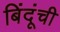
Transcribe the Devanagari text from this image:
बिंदूंची